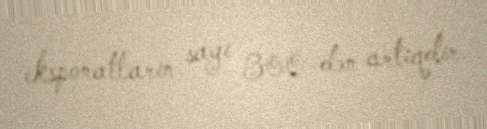
eksponatların sayı 300-dən artıqdır.